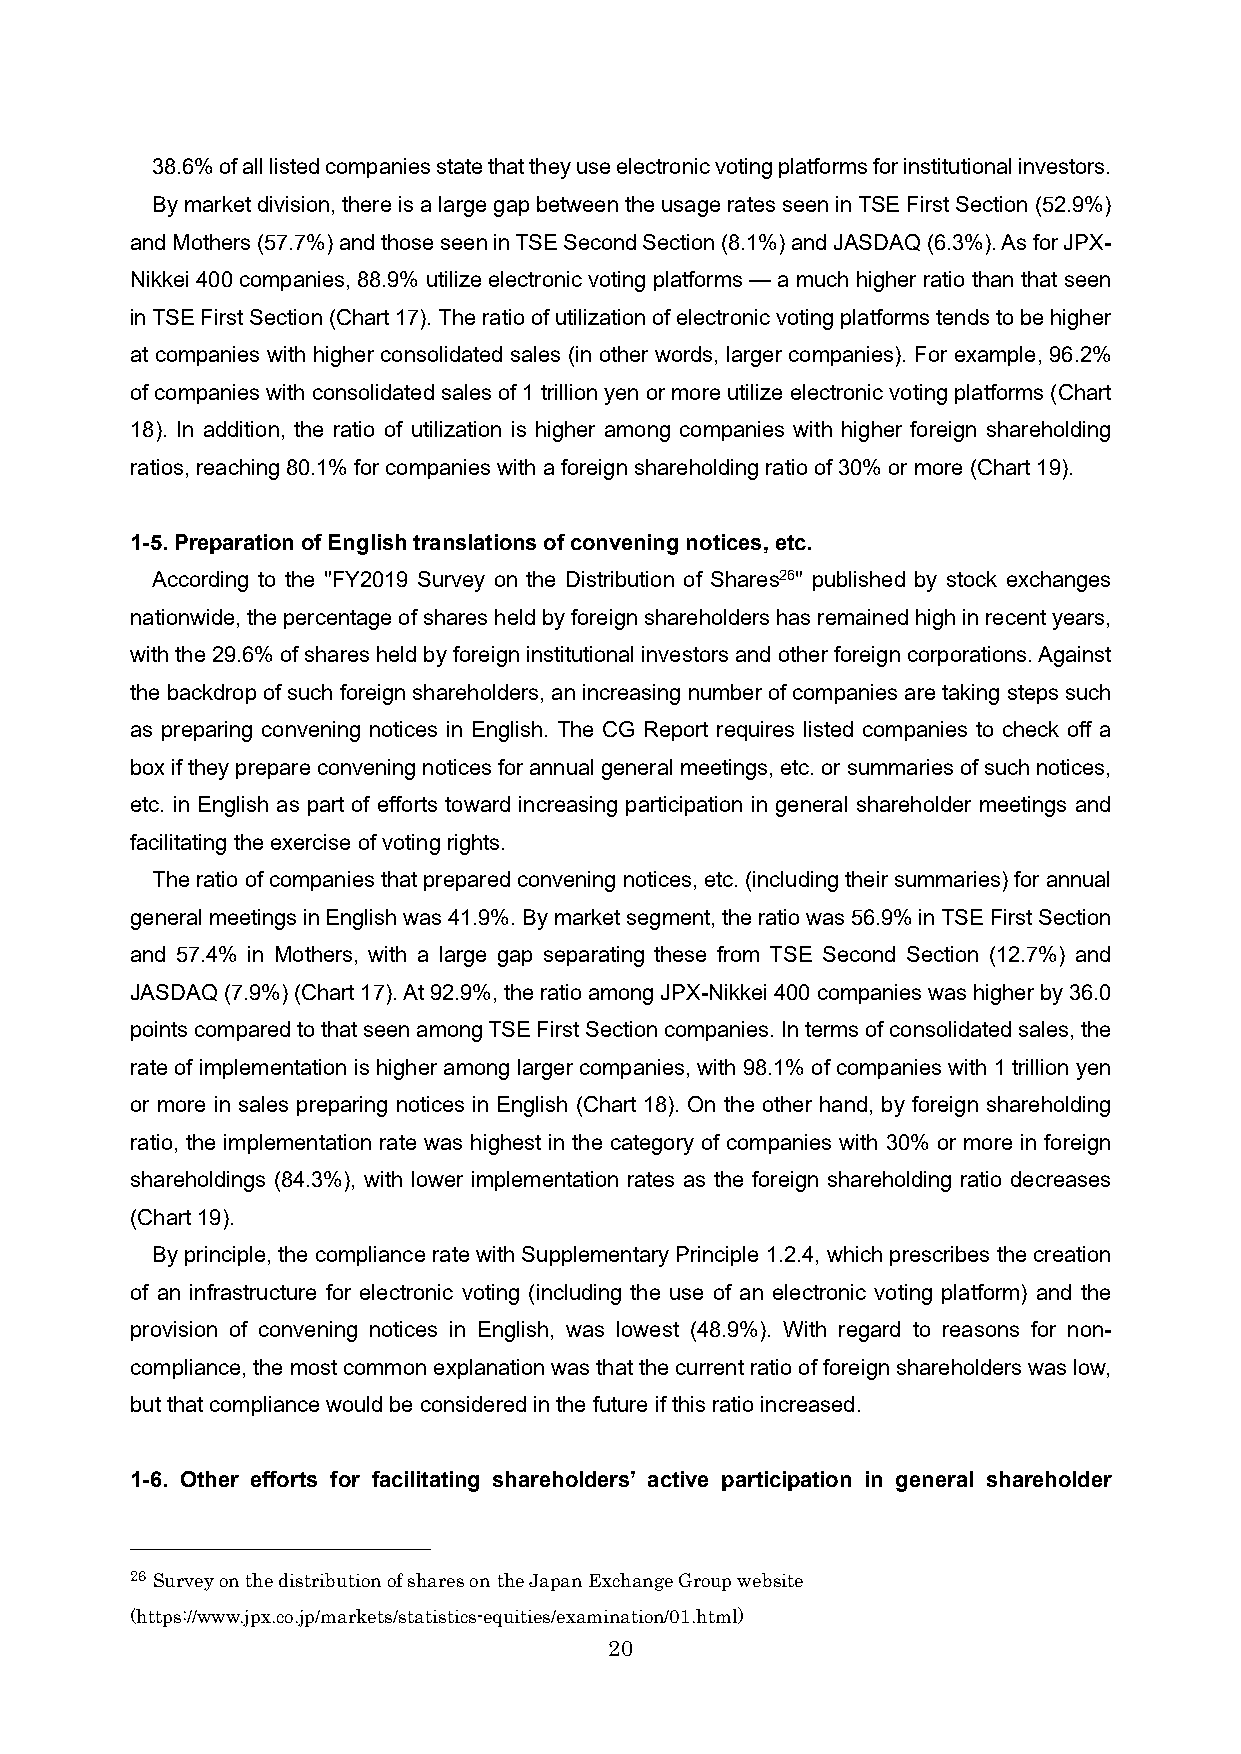
38.6% of all listed companies state that they use electronic voting platforms for institutional investors.
 By market division, there is a large gap between the usage rates seen in TSE First Section (52.9%)
 and Mothers (57.7%) and those seen in TSE Second Section (8.1%) and JASDAQ (6.3%). As for JPX-
 Nikkei 400 companies, 88.9% utilize electronic voting platforms —a much higher ratio than that seen
 in TSE First Section (Chart17). The ratio of utilization of electronic voting platforms tends to be higher
 at companies with higher consolidated sales (in other words, larger companies). For example, 96.2%
 of companies with consolidated sales of 1 trillion yen or more utilize electronic voting platforms (Chart
 18). In addition, the ratio of utilization is higher among companies with higher foreign shareholding
 ratios, reaching 80.1% for companies with a foreign shareholding ratio of 30% or more (Chart19).
 1-5. Preparation of English translations of convening notices, etc.
 According to the "FY2019 Survey on the Distribution of Shares26" published by stock exchanges
 nationwide, the percentage of shares held by foreign shareholders has remained high in recent years,
 with the 29.6% of shares held by foreign institutional investors and other foreign corporations. Against
 the backdrop of such foreign shareholders, an increasing number of companies are taking steps such
 as preparing convening notices in English. The CG Report requires listed companies to check off a
 box if they prepare convening notices for annual general meetings, etc. or summaries of such notices,
 etc. in English as part of efforts toward increasing participation in general shareholder meetings and
 facilitating the exercise of voting rights.
 The ratio of companies that prepared convening notices, etc. (including their summaries) for annual
 general meetings in English was 41.9%. By market segment, the ratio was 56.9% in TSE First Section
 and 57.4% in Mothers, with a large gap separating these from TSE Second Section (12.7%) and
 JASDAQ (7.9%) (Chart17). At 92.9%, the ratio among JPX-Nikkei 400 companies was higher by 36.0
 points compared to that seen among TSE First Section companies. In terms of consolidated sales, the
 rate of implementation ishigher among larger companies, with 98.1% of companies with 1 trillion yen
 or more in sales preparing notices in English (Chart 18). On the other hand, by foreign shareholding
 ratio, the implementation rate was highest in the category of companies with 30% or more in foreign
 shareholdings (84.3%), with lower implementation rates as the foreign shareholding ratio decreases
 (Chart19).
 By principle, the compliance rate with Supplementary Principle 1.2.4, which prescribes the creation
 of an infrastructure for electronic voting (including the use of an electronic voting platform) and the
 provision of convening notices in English, was lowest (48.9%). With regard to reasons for non-
 compliance, the most common explanation was that the current ratio of foreign shareholders was low,
 but that compliance would be considered in the future if this ratio increased.
 1-6. Other efforts for facilitating shareholders’ active participation in general shareholder
 26 Survey on the distribution of shares on the Japan Exchange Group website
 (https://www.jpx.co.jp/markets/statistics-equities/examination/01.html)
 20